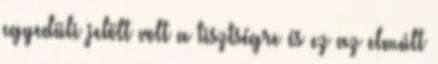
egyedüli jelölt volt a tisztségre és ez az elmúlt